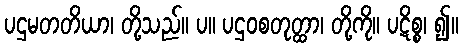
ပဌမတတိယာ၊ တို့သည်။ ပ။ ပဌဝစတုတ္ထာ၊ တို့ကို။ ပဋိစ္စ၊ ၍။